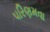
પરિણમવા